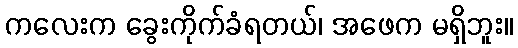
ကလေးက ခွေးကိုက်ခံရတယ်၊ အဖေက မရှိဘူး။